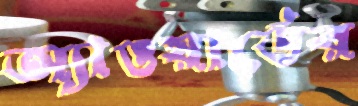
অ্যাওয়ার্ডের